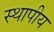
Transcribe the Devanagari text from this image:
स्थापीय